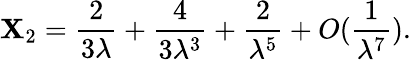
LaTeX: \mathbf{X}_{2}={\frac{{2}}{{3\lambda}}}+{\frac{{4}}{{3\lambda^{3}}}}+{\frac{{2}}{{\lambda^{5}}}}+O({\frac{{1}}{{\lambda^{7}}}}).